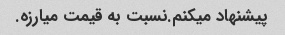
پیشنهاد میکنم.نسبت به قیمت میارزه.